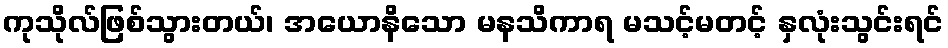
ကုသိုလ်ဖြစ်သွားတယ်၊ အယောနိသော မနသိကာရ မသင့်မတင့် နှလုံးသွင်းရင်